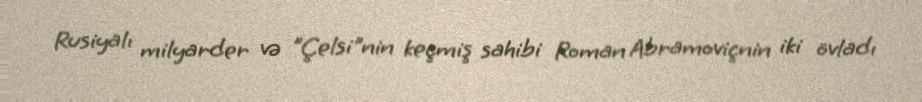
Rusiyalı milyarder və "Çelsi"nin keçmiş sahibi Roman Abramoviçnin iki övladı